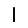
Digit: 1